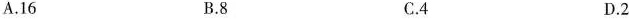
A.16 B.8 C.4 D.2